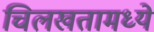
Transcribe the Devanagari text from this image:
चिलखतामध्ये